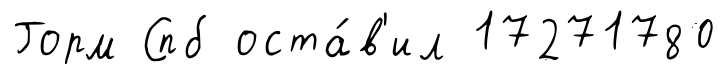
Горм Спб оста́в'ил 17271780